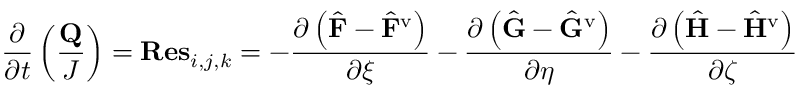
\frac { \partial } { \partial t } \left( \frac { \mathbf { Q } } { J } \right) = \mathbf { R e s } _ { i , j , k } = - \frac { \partial \left( \hat { \mathbf { F } } - \hat { \mathbf { F } } ^ { \mathrm { v } } \right) } { \partial \xi } - \frac { \partial \left( \hat { \mathbf { G } } - \hat { \mathbf { G } } ^ { \mathrm { v } } \right) } { \partial \eta } - \frac { \partial \left( \hat { \mathbf { H } } - \hat { \mathbf { H } } ^ { \mathrm { v } } \right) } { \partial \zeta }